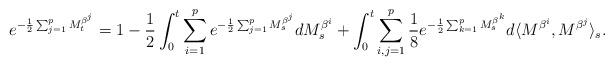
LaTeX: \begin{align*}e^{-\frac{1}{2} \sum_{j=1}^p M_t^{\beta^j}} &= 1 -\frac 12 \int_0^t \sum_{i=1}^p e^{-\frac{1}{2} \sum_{j=1}^p M_s^{\beta^j}} dM_s^{\beta^i}+\int_0^t \sum_{i,j=1}^p \frac{1}{8} e^{-\frac{1}{2} \sum_{k=1}^p M_s^{\beta^k}}d\langle M^{\beta^i},M^{\beta^j}\rangle_s .\end{align*}